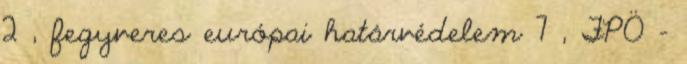
2 , fegyveres európai határvédelem 7 , FPÖ -